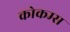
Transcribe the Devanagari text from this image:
कोकम्स